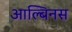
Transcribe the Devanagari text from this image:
आल्बिनस